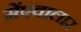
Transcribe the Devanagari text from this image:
मेंएवालार